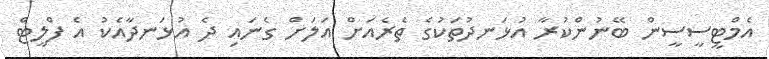
އެމްޓީސީސީން ބޭނުންކުރާ އުޅަނދުތަކުގެ ތެރެއަށް އަލަށް ގެނައި ދެ އުޅަނދާއެކު އެ ފްލީޓް